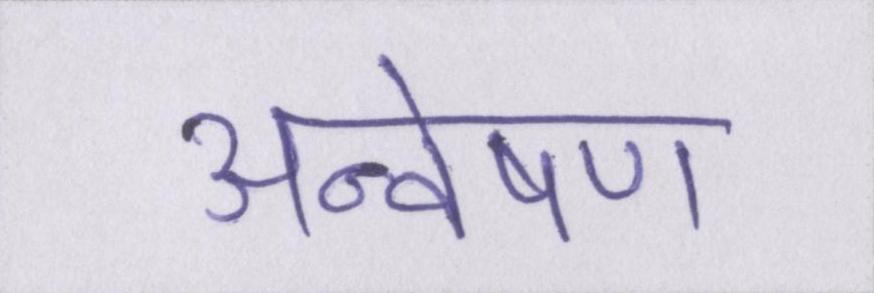
अन्वेषण